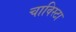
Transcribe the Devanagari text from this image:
चाविस्टा